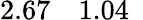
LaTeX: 2.67\quad 1.04\phantom{0}